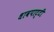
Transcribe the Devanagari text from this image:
धावपाट्टी